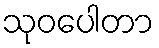
သုဝပေါတာ